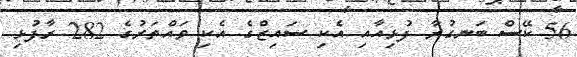
56 ކޭސް ބަނގުރާ ފުޅިއާއި އެކި ސައިޒްގެ އެކި ވައްތަރުގެ 282 ރާފުޅި